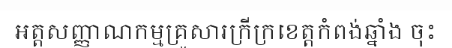
អត្តសញ្ញាណកម្មគ្រួសារក្រីក្រខេត្តកំពង់ឆ្នាំង ចុះ